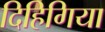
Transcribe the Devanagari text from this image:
दिहिगिया